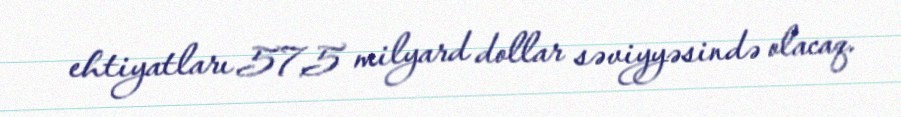
ehtiyatları 57,5 milyard dollar səviyyəsində olacaq.